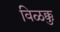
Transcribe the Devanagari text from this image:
विळक्कु